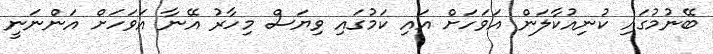
ބޭނުމުގައި ކުނިއުކާލަން އަވަހަށް އައި ކަމުގައި ވިޔަސް މިހާރު އޭނާ އަވަހަށް އަންނަނީ